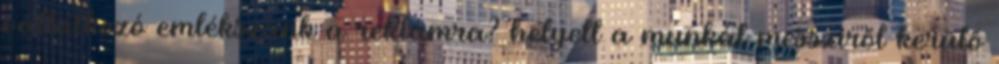
vállalkozó emlékszünk a reklámra? helyett a munkát messziről kerülő